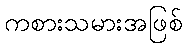
ကစားသမားအဖြစ်